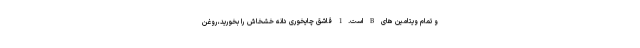
و تمام ویتامین های B است.1 قاشق چایخوری دانه خشخاش را بخورید،روغن